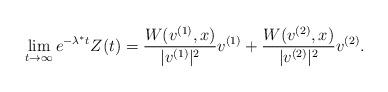
LaTeX: \begin{align*}\lim_{t\to\infty}e^{-\lambda^*t}Z(t)=\frac{W(v^{(1)},x)}{|v^{(1)}|^2}v^{(1)}+\frac{W(v^{(2)},x)}{|v^{(2)}|^2}v^{(2)}.\end{align*}